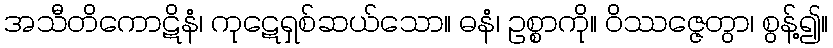
အသီတိကောဋိနံ၊ ကုဋေရှစ်ဆယ်သော။ ဓနံ၊ ဥစ္စာကို။ ဝိဿဇ္ဇေတွာ၊ စွန့်၍။